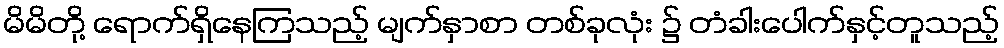
မိမိတို့ ရောက်ရှိနေကြသည့် မျက်နှာစာ တစ်ခုလုံး ၌ တံခါးပေါက်နှင့်တူသည့်